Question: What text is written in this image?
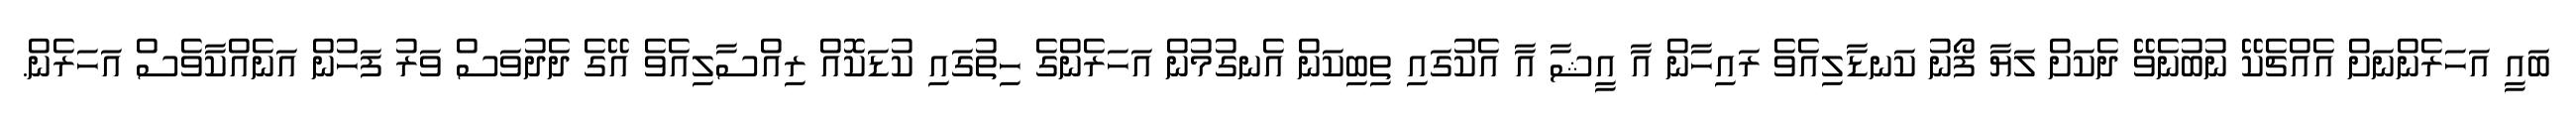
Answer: ބައީ އަހަރެންނަށް އެއްޗެކޭ ނުބުނެވޭ ދެކަށް ލަޔާ ފޯނު ކަނޑާލިއެވެ ރައިހާން އާ އީޝާ އާ އެކުގައި ތިބިކަން އެނގުމުން އަހަރެންގެ ހިތުގައި ކުޑަކޮއް ރިއްސާލިއެވެ އޭގެ ދެދުވަސް ވަރު ފަހުން އަނެއްކާވެސް އަހަރެން.